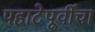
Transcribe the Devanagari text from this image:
पहाटेपूर्वींचा